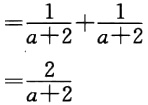
\[

\begin{align*}

&=\frac{1}{a + 2}+\frac{1}{a + 2}\\

&=\frac{2}{a + 2}

\end{align*}

\]